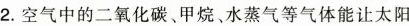
2.空气中的二氧化碳、甲烷、水蒸气等气体能让太阳